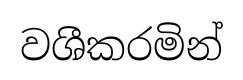
වශීකරමින්